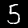
Label: 5